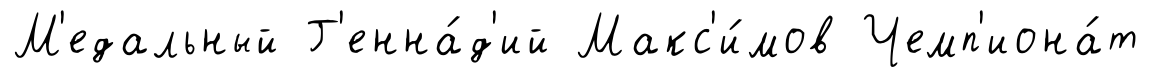
М'едальный Г'енна́д'ий Макс'и́мов Чемп'иона́т